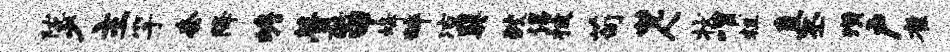
陇少主竽套降蟾瞢酷甲蜂碎凉巽鲛谒披苟梵人状喟粗直丕璜户雀